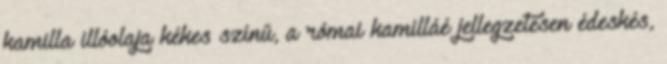
kamilla illóolaja kékes színű, a római kamilláé jellegzetesen édeskés,